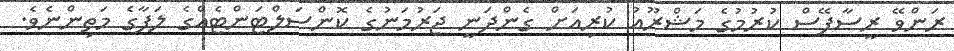
ރަންވޭ ރީސާފޭސް ކުރުމުގެ މަޝްރޫއު ކުރިއަށް ގެންދަނީ ޖަރުމަނުގެ ކޮންސަލްޓަންޓެއްގެ ލަފާގެ މަތިންނެވެ.